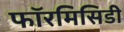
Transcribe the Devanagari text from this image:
फॉरमिसिडी